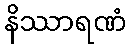
နိဿာရဏံ